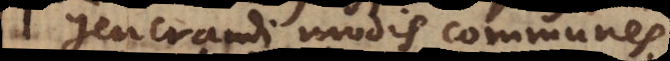
generandi modis communes